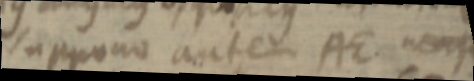
suppono autem AE nemp